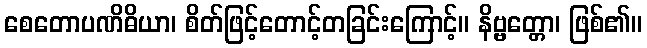
စေတောပဏိဓိယာ၊ စိတ်ဖြင့်တောင့်တခြင်းကြောင့်။ နိဗ္ဗတ္တော၊ ဖြစ်၏။